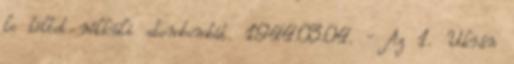
le töltet nélküli atombombát. 1944.03.04. - Az 1. Ukrán